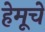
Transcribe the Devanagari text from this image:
हेमूचे